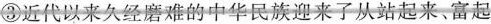
③近代以来久经磨难的中华民族迎来了从站起来、富起